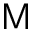
\sf M